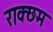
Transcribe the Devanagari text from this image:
राक्छम